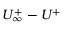
U _ { \infty } ^ { + } - U ^ { + }